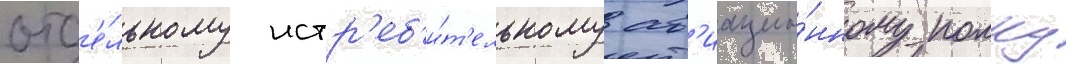
отд'е́льному истр'еб'и́т'ельному ав'иацио́нному полку